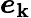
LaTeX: \boldsymbol{e}_{\mathbf{k}}